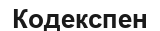
Кодекспен